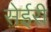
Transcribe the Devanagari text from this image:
सेईरी